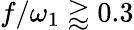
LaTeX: f/\omega_{1}\gtrapprox 0.3